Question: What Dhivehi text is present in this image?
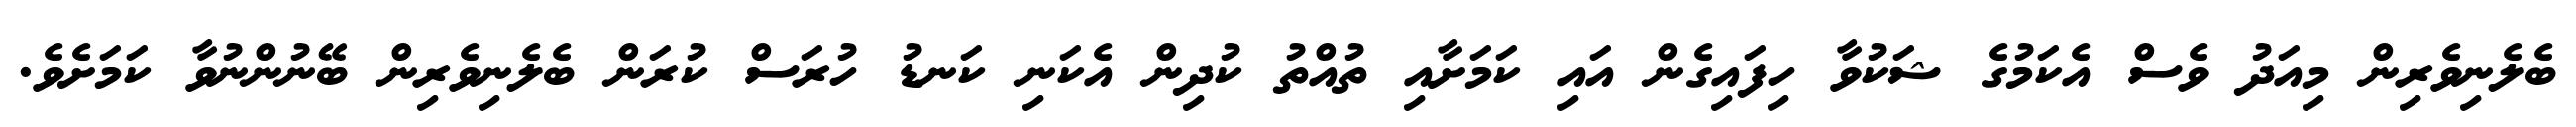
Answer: ބެލެނިވެރިން މިއަދު ވެސް އެކަމުގެ ޝަކުވާ ހިފައިގެން އައި ކަމަށާއި ތުއްތު ކުދިން އެކަނި ކަނޑު ހުރަސް ކުރަން ބެލެނިވެރިން ބޭނުންނުވާ ކަމަށެވެ.